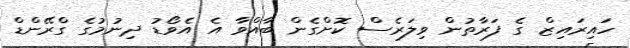
ހައިރައިޒް ގެ ފަރާތުން ވިލަރެސް ކޮށްގެން ބާއްވާ އެ އެވޯޑު ދިނުމުގެ ގްރޭންޑް